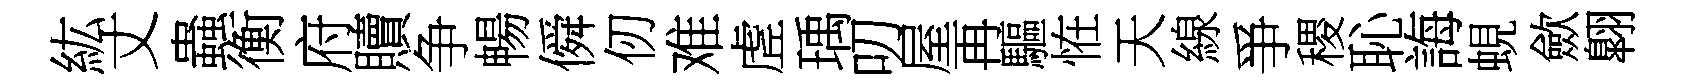
紘丈蟲衡府贖争暢僢仞难虗瑀叨屋再驅恠天線爭稷恥誨蜆歛翺